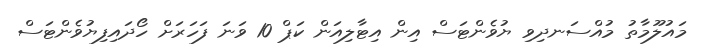
މައުލޫމާތު މުއްސަނދިވި ޔުވެންޓަސް އިން އިޓާލިއަން ކަޕް 10 ވަނަ ފަހަރަށް ހޯދައިފިޔުވެންޓަސް